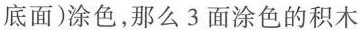
底面)涂色，那么3面涂色的积木